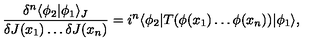
\frac { \delta ^ { n } \langle \phi _ { 2 } | \phi _ { 1 } \rangle _ { J } } { \delta J ( x _ { 1 } ) \ldots \delta J ( x _ { n } ) } = i ^ { n } \langle \phi _ { 2 } | T ( \phi ( x _ { 1 } ) \ldots \phi ( x _ { n } ) ) | \phi _ { 1 } \rangle ,